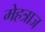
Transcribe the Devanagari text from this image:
मेहत्राज